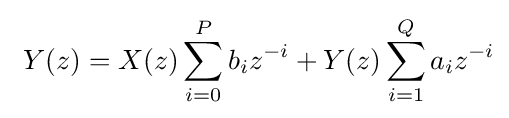
\ Y(z)=X(z)\sum _{i=0}^{P}b_{i}z^{-i}+Y(z)\sum _{i=1}^{Q}a_{i}z^{-i}